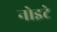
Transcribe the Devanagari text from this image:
नोइटे